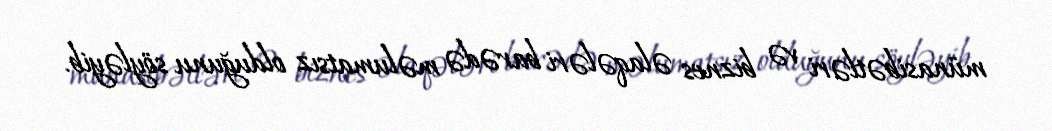
münasibətləri və biznes əlaqələri barədə məlumatsız olduğunu söyləyib.